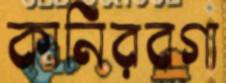
কানিরবগা